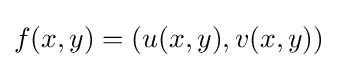
f(x,y)=(u(x,y),v(x,y))